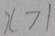
x > 1